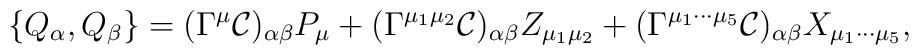
\{Q_{\alpha},Q_{\beta}\} = (\Gamma^{\mu}{\cal C})_{\alpha\beta}P_{\mu}+(\Gamma^{\mu_1\mu_2}{\cal C})_{\alpha\beta}Z_{\mu_1\mu_2}+ (\Gamma^{\mu_1\cdots\mu_5}{\cal C})_{\alpha\beta}X_{\mu_1\cdots\mu_5},